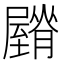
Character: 𦢡